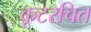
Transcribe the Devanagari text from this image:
कूटरचित